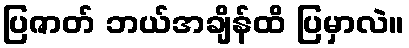
ပြဇာတ် ဘယ်အချိန်ထိ ပြမှာလဲ။